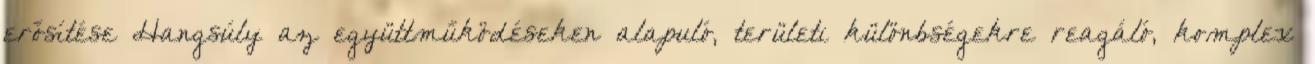
erősítése Hangsúly az együttműködéseken alapuló, területi különbségekre reagáló, komplex